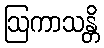
ဩကာသန္တိ